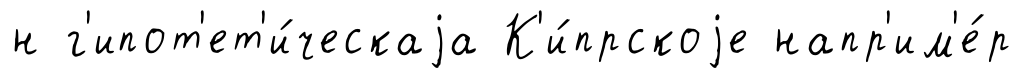
н г'ипот'ет'и́ческаjа К'и́прскоjе напр'им'е́р